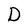
Character: D